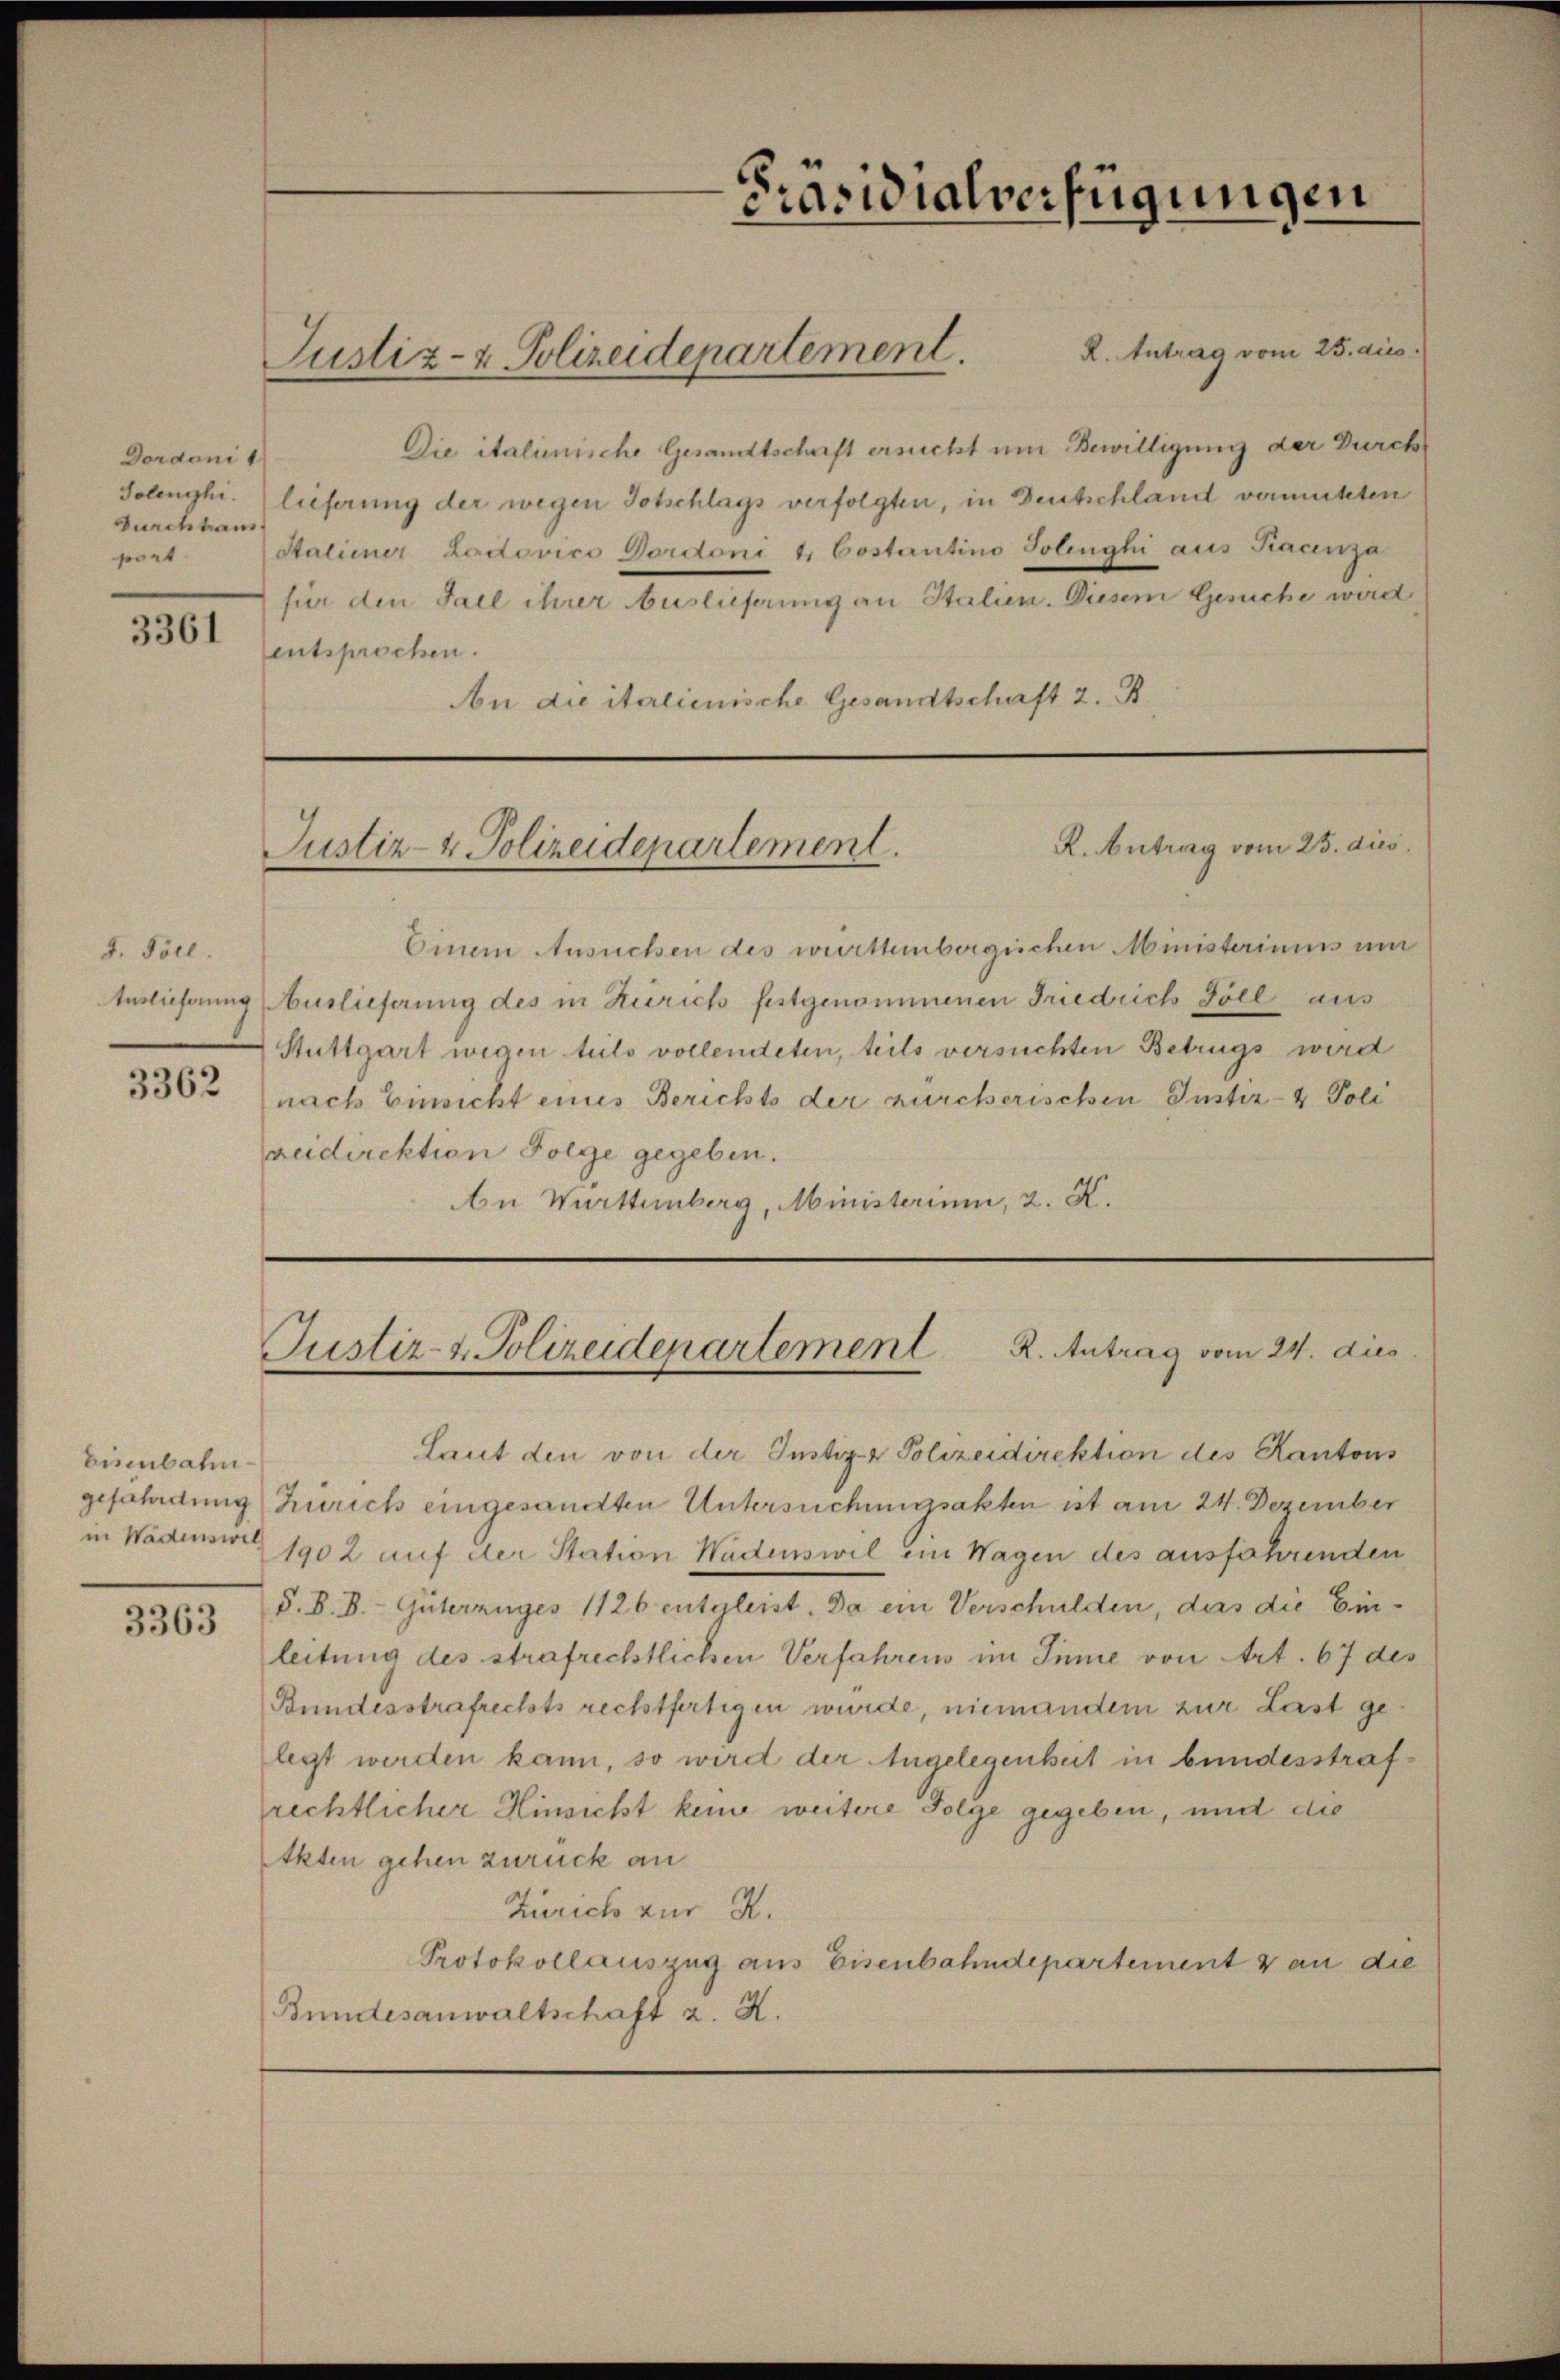
Dordoni 1
Durchtaus
port

3361

d. Pöll.
3362

Eisenbahn

3363

R. Antrag vom 25. dies
Die italienische Gesandtschaft ersucht um Bewilligung der Durch
Solenghi. lieferung der wegen Totschlags verfolgten, in Deutschland vermuteten
Staliener Ladtovico Dordoni & Costantino Jolinghi aus Racenza
für den Fall ihrer Auslieferung an Stalien. Diesem Gesuche wird
entsprochen.
An die italienische Gesandtschaft z. B.

Justiz- & Polizeidepartement.

Präsidialverfügungen

R. Antrag vom 25. dies
Justiz- & Polizeidepartement.

Einem Ansuchen des württemberglichen Ministeriums un
Auslieferung (Auslieferung des in Zürich festgenommenen Friedrich Foll aus
Stuttgart wegen teils vollendeten, teils versuchten Betrugs wird
nach Einsicht eines Berichts der zürcherischen Justiz- & Poli
reidirektion Folge gegeben.
Au Württemberg, Ministerium, 2. K.

Justiz- & Polizeidenartement R. Antrag vom 24. dies

Laut den von der Justiz- & Polizeidirektion des Kantons
gefährdung Zürich eingesandten Untersuchungsakten ist am 24. Dezember
in Wadenweg 1902 auf der Station Wadenswil ein Wagen des ausführenden
d. B. B. Güterzuges 1126 entgleist. Da ein Verschulden, das die Einleitung des strafrechtlichen Verfahrens im Innie von Art. 67 des
Bundesstrafrechts rechtfertigen würde, niemandem zur Last gelegt werden kann, so wird der Angelegenheit in bundesstrafrechtlicher Hinsicht keine weitere Folge gegeben, und die
Akten gehen zurück an
Zürich zur R.
Protokollauszug aus Eisenbahndepartement & an die
Bundesanwaltschaft z. K.